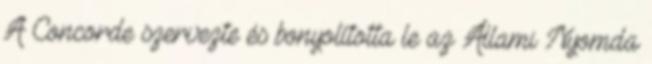
A Concorde szervezte és bonyolította le az Állami Nyomda